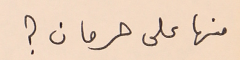
منها على حرمان ؟